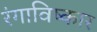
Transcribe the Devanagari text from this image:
रंगाविष्कार